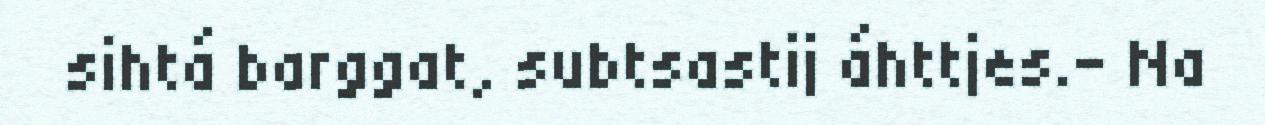
sihtá barggat, subtsastij áhttjes.– Na